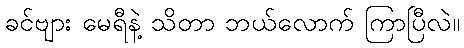
ခင်ဗျား မေရီနဲ့ သိတာ ဘယ်လောက် ကြာပြီလဲ။